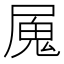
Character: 𭕩